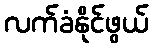
လက်ခံနိုင်ဖွယ်